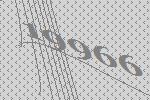
19966